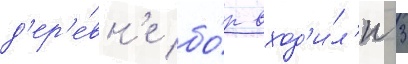
д'ер'е́вн'е бо́р вход'и́л'и 3